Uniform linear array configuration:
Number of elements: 48
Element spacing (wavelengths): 0.25
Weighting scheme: exponential
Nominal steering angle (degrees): -45
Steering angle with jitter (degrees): -46.521
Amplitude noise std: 0.05
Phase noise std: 0.05

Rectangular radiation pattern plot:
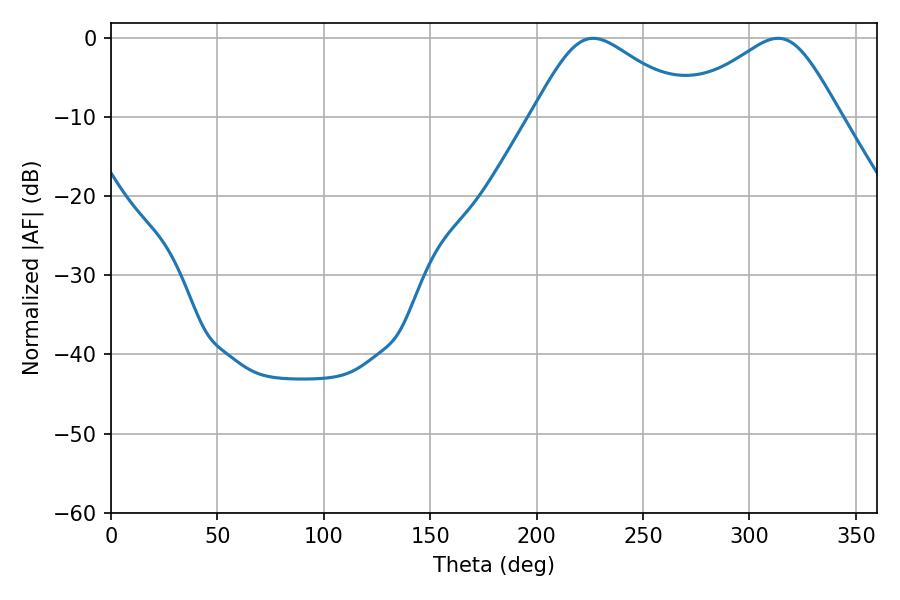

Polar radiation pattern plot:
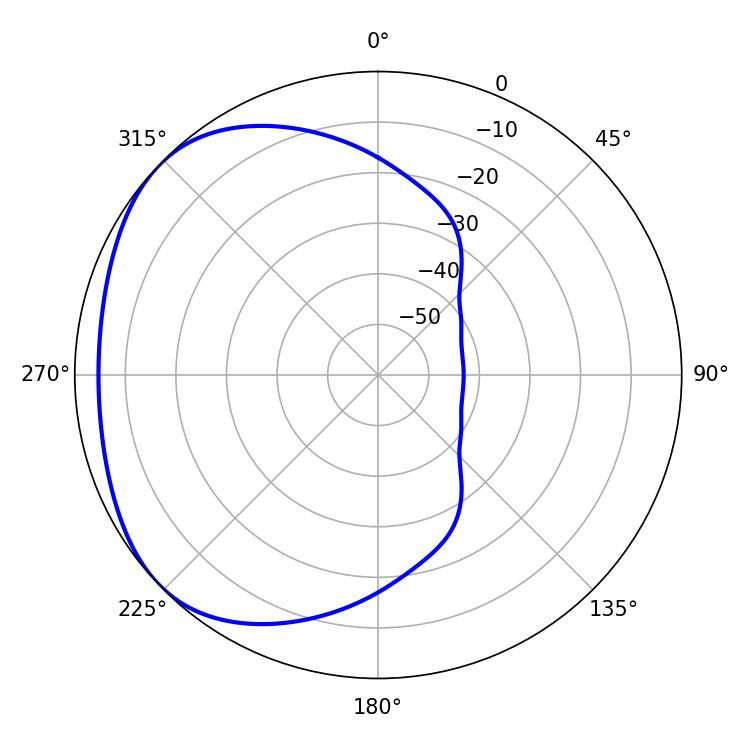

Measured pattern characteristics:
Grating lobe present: FALSE
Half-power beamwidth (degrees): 37.44
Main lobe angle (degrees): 226.62